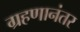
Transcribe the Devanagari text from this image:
ग्रहणानंतर